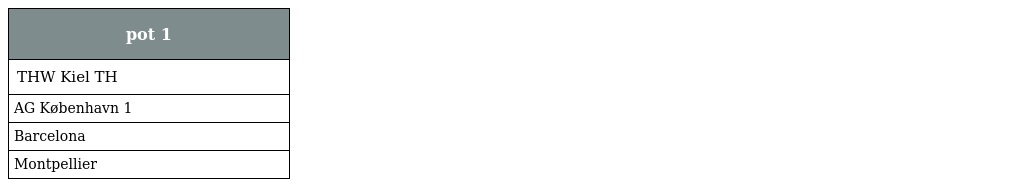
| pot 1 |
 | --- |
 | THW Kiel TH |
 | AG København 1 |
 | Barcelona |
 | Montpellier |